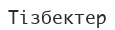
Тізбектер